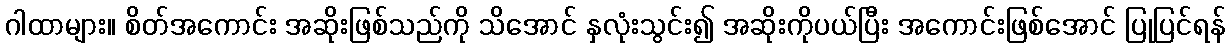
ဂါထာများ။ စိတ်အကောင်း အဆိုးဖြစ်သည်ကို သိအောင် နှလုံးသွင်း၍ အဆိုးကိုပယ်ပြီး အကောင်းဖြစ်အောင် ပြုပြင်ရန်